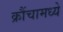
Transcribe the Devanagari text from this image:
क्रौंचामध्ये